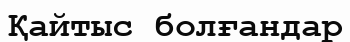
Қайтыс болғандар